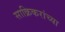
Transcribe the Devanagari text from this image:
साक्रिकरांच्या